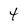
Character: t